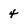
Character: 4